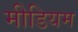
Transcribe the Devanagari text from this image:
मीडियम